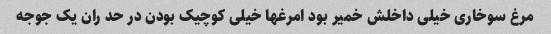
مرغ سوخاری خیلی داخلش خمیر بود امرغها خیلی کوچیک بودن در حد ران یک جوجه